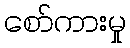
စော်ကားမှု